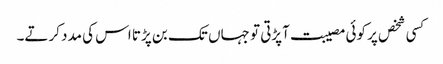
کسی شخص پر کوئی مصیبت آپڑتی تو جہاں تک بن پڑتا اس کی مدد کرتے۔